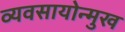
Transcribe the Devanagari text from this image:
व्यवसायोन्मुख